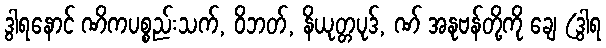
ဒွါရနောင် ဏိကပစ္စည်းသက်, ဝိဘတ်, နိယုတ္တပုဒ်, ဏ် အနုဗန်တို့ကို ချေ (ဒွါရ